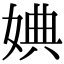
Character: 婰